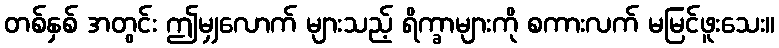
တစ်နှစ် အတွင်း ဤမျှလောက် များသည့် ရိက္ခာများကို စကားလက် မမြင်ဖူးသေး။